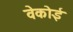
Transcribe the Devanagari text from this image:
वेकोई